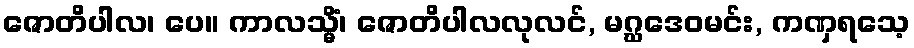
ဇောတိပါလ၊ ပေ။ ကာလသ္မိံ၊ ဇောတိပါလလုလင်, မဂ္ဃဒေဝမင်း, ကဏှရသေ့